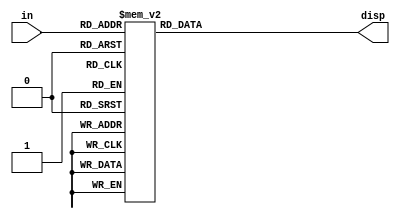
`timescale 1ns / 1ps

module Seven_Display(
input [3:0]in,   // 4bit used since 7segment display can have 0-9
output reg [6:0]disp);
always @(in) begin
case(in)
4'b0000 : {disp}=7'b1111110;  //          in[0]
4'b0001 : {disp}=7'b0110000;  //          __  
4'b0010 : {disp}=7'b1101101;  // in[5]-- |__| --in[1]
4'b0011 : {disp}=7'b1111001;  // in[4]-- |__| --in[6]
4'b0100 : {disp}=7'b0110011;  //       in[3]  --in[2]
4'b0101 : {disp}=7'b1011011;
4'b0110 : {disp}=7'b1011111;
4'b0111 : {disp}=7'b1110000;
4'b1000 : {disp}=7'b1111111;
4'b1001 : {disp}=7'b1111011;
default : {disp}=7'b0000000;
endcase
end
endmodule